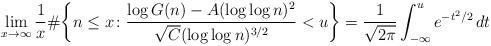
LaTeX: \begin{align*} \lim_{x \to \infty} \frac{1}{x} \#\bigg\{n \leq x \colon \frac{\log G(n) - A(\log\log n)^2}{\sqrt C(\log\log n)^{3/2}} < u \bigg\} = \frac{1}{\sqrt{2\pi}} \int_{-\infty}^u e^{-t^2/2} \, dt\end{align*}